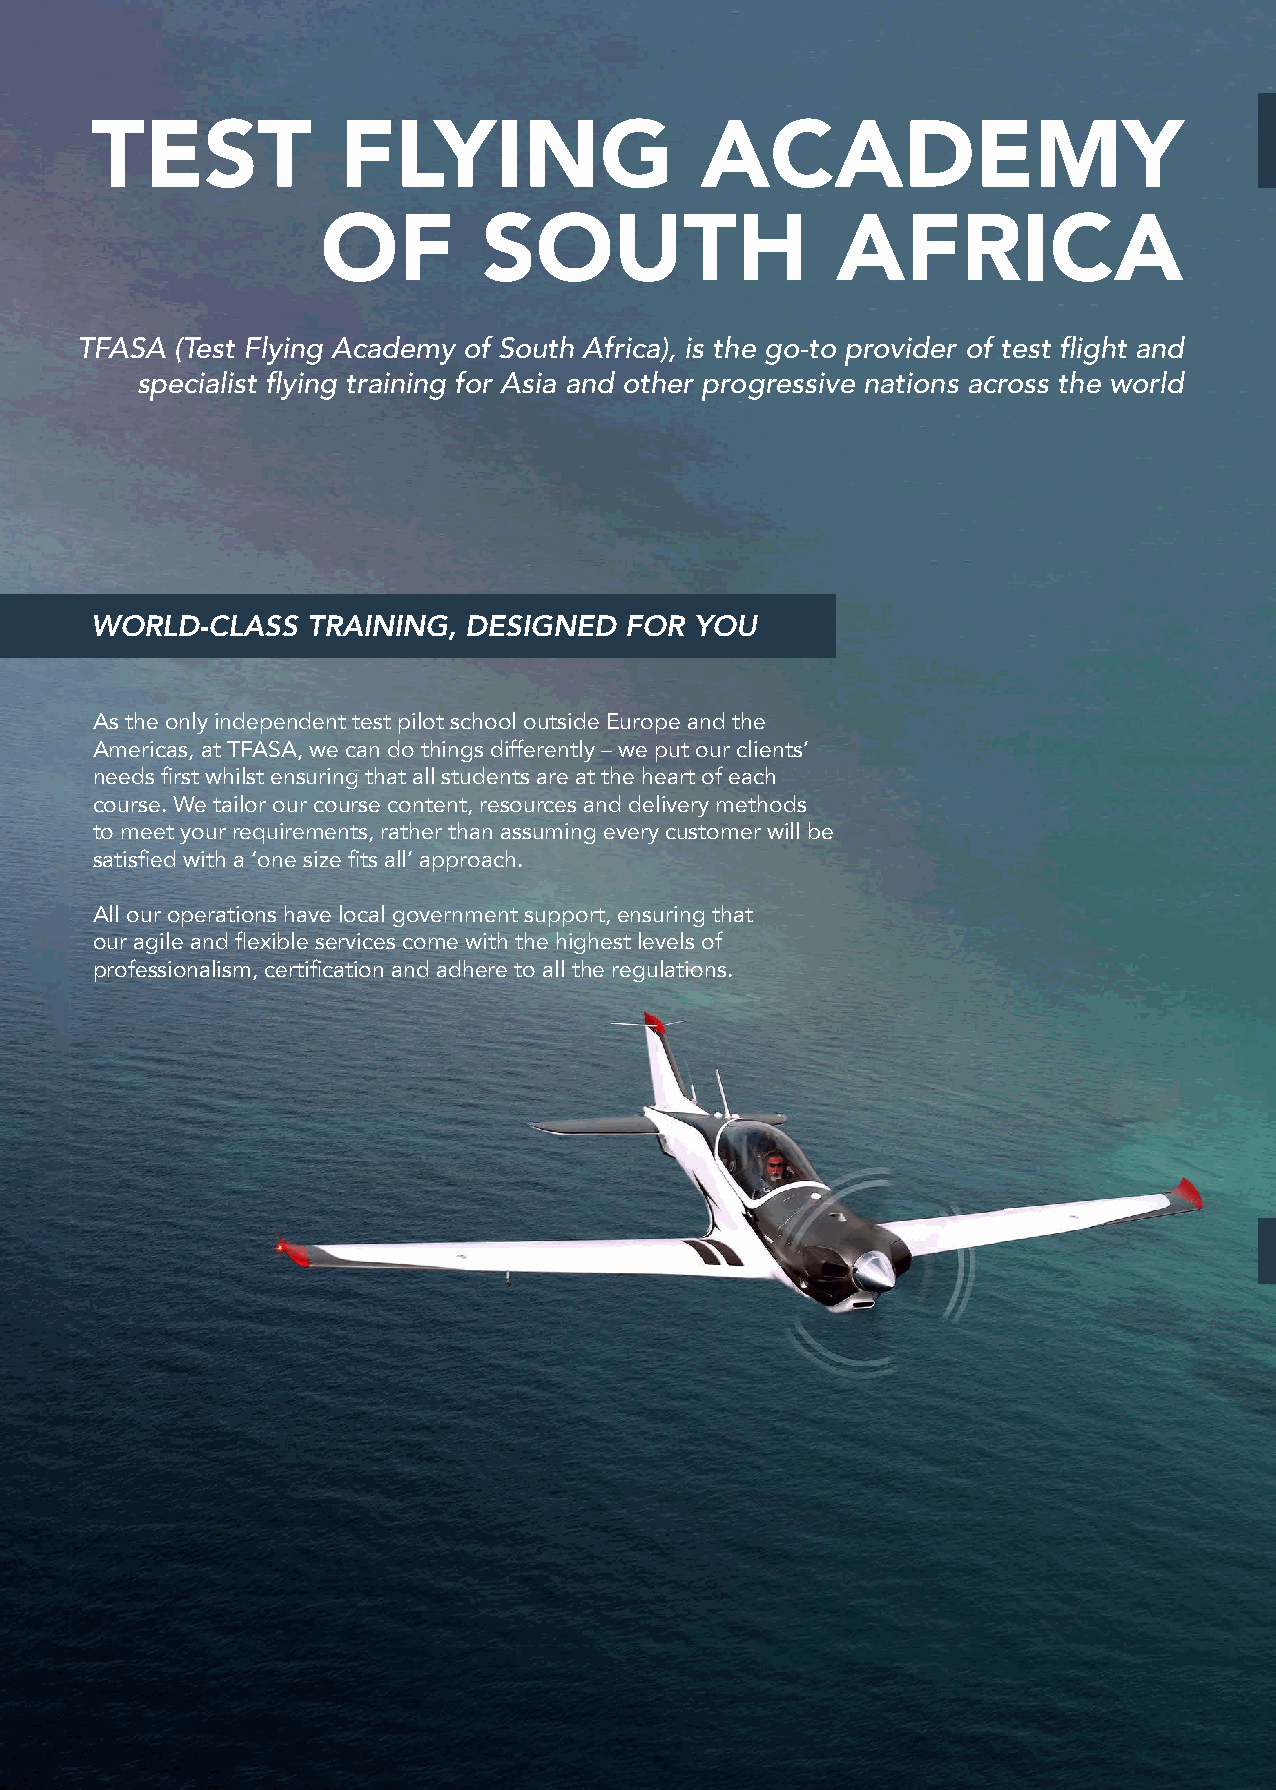
TEST            FLYING                  ACADEMY
 OF         SOUTH                  AFRICA
 TFASA  (Test Flying Academy of South Africa), is the go-to provider of test flight and
 specialist flying training for Asia and other progressive nations across the world
 WORLD-CLASS   TRAINING,  DESIGNED  FOR  YOU
 As the only independent test pilot school outside Europe and the
 Americas, at TFASA, we can do things differently – we put our clients’
 needs first whilst ensuring that all students are at the heart of each
 course. We tailor our course content, resources and delivery methods
 to meet your requirements, rather than assuming every customer will be
 satisfied with a ‘one size fits all’ approach.
 All our operations have local government support, ensuring that
 our agile and flexible services come with the highest levels of
 professionalism, certification and adhere to all the regulations.